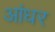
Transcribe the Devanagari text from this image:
आंधर